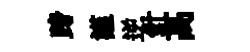
跨謹逆針高